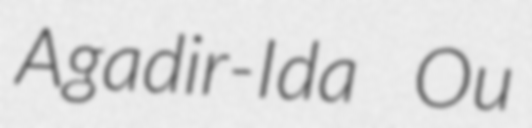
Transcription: Agadir-Ida Ou